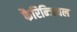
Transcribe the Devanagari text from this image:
फैरिन्जियल